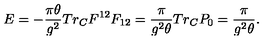
E = - \frac { \pi \theta } { g ^ { 2 } } T r _ { C } F ^ { 1 2 } F _ { 1 2 } = \frac { \pi } { g ^ { 2 } \theta } T r _ { C } P _ { 0 } = \frac { \pi } { g ^ { 2 } \theta } .